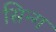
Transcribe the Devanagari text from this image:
सिन्ग